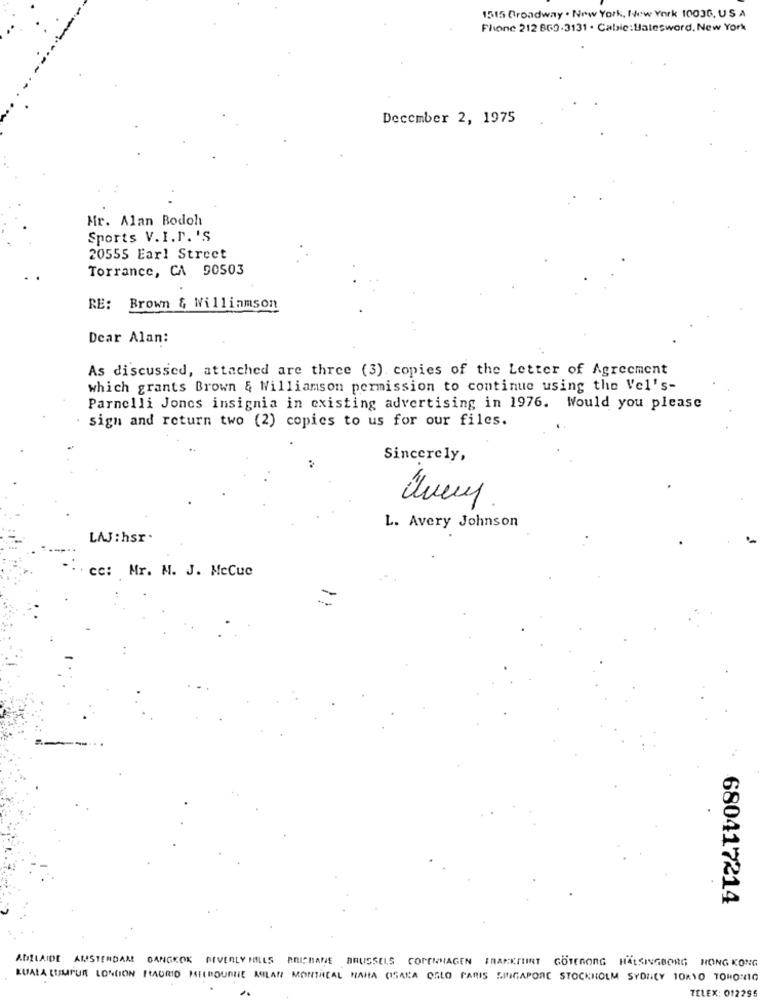
1515 Broadway . New York, New York 10036, US A
Fhone 212 BG9-3131 . Cabic:Ualesword, New York
December 2, 1975
Mr. Alan Bodoh
Sports V.I.P. 'S
20555 Earl Street
Torrance, CA 90503
RE: Brown & Williamson
Dear Alan:
As discussed, attached are three (3). copies of the Letter of Agreement
which grants Brown & Williamson permission to continue using the Vel's-
Parnelli Jones insignia in existing advertising in 1976. Would you please
sign and return two (2) copies to us for our files.
Sincerely,
L. Avery Johnson
LAJ :hsr.
cc: Mr. N. J. MeCuc
680417214
ADELAIDE AMSTERDAM BANGKOK BEVERLY HILLS PRICHAME BRUSSELS COPENHAGEN FRANKFURT GOTEBORG HALSINGBORG HONG KONG
KUALA LUMPUR LONDON MADRID ISEERDUMILE MILAN MONTREAL HAHA CISARA OGLO PARIS SINGAPORE STOCKHOLM SYDNEY TOKYO TORORIG
TELEX: 012295